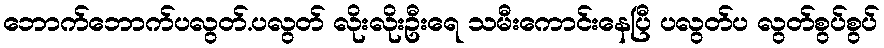
ဘောက်ဘောက်ပလွတ်.ပလွတ် လိုးလိုးဦးရေ သမီးကောင်းနေပြီ ပလွတ်ပ လွတ်စွပ်စွပ်